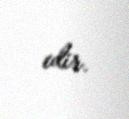
edir.